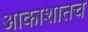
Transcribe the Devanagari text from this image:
आकाशातच